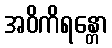
အဝိကိရန္တော